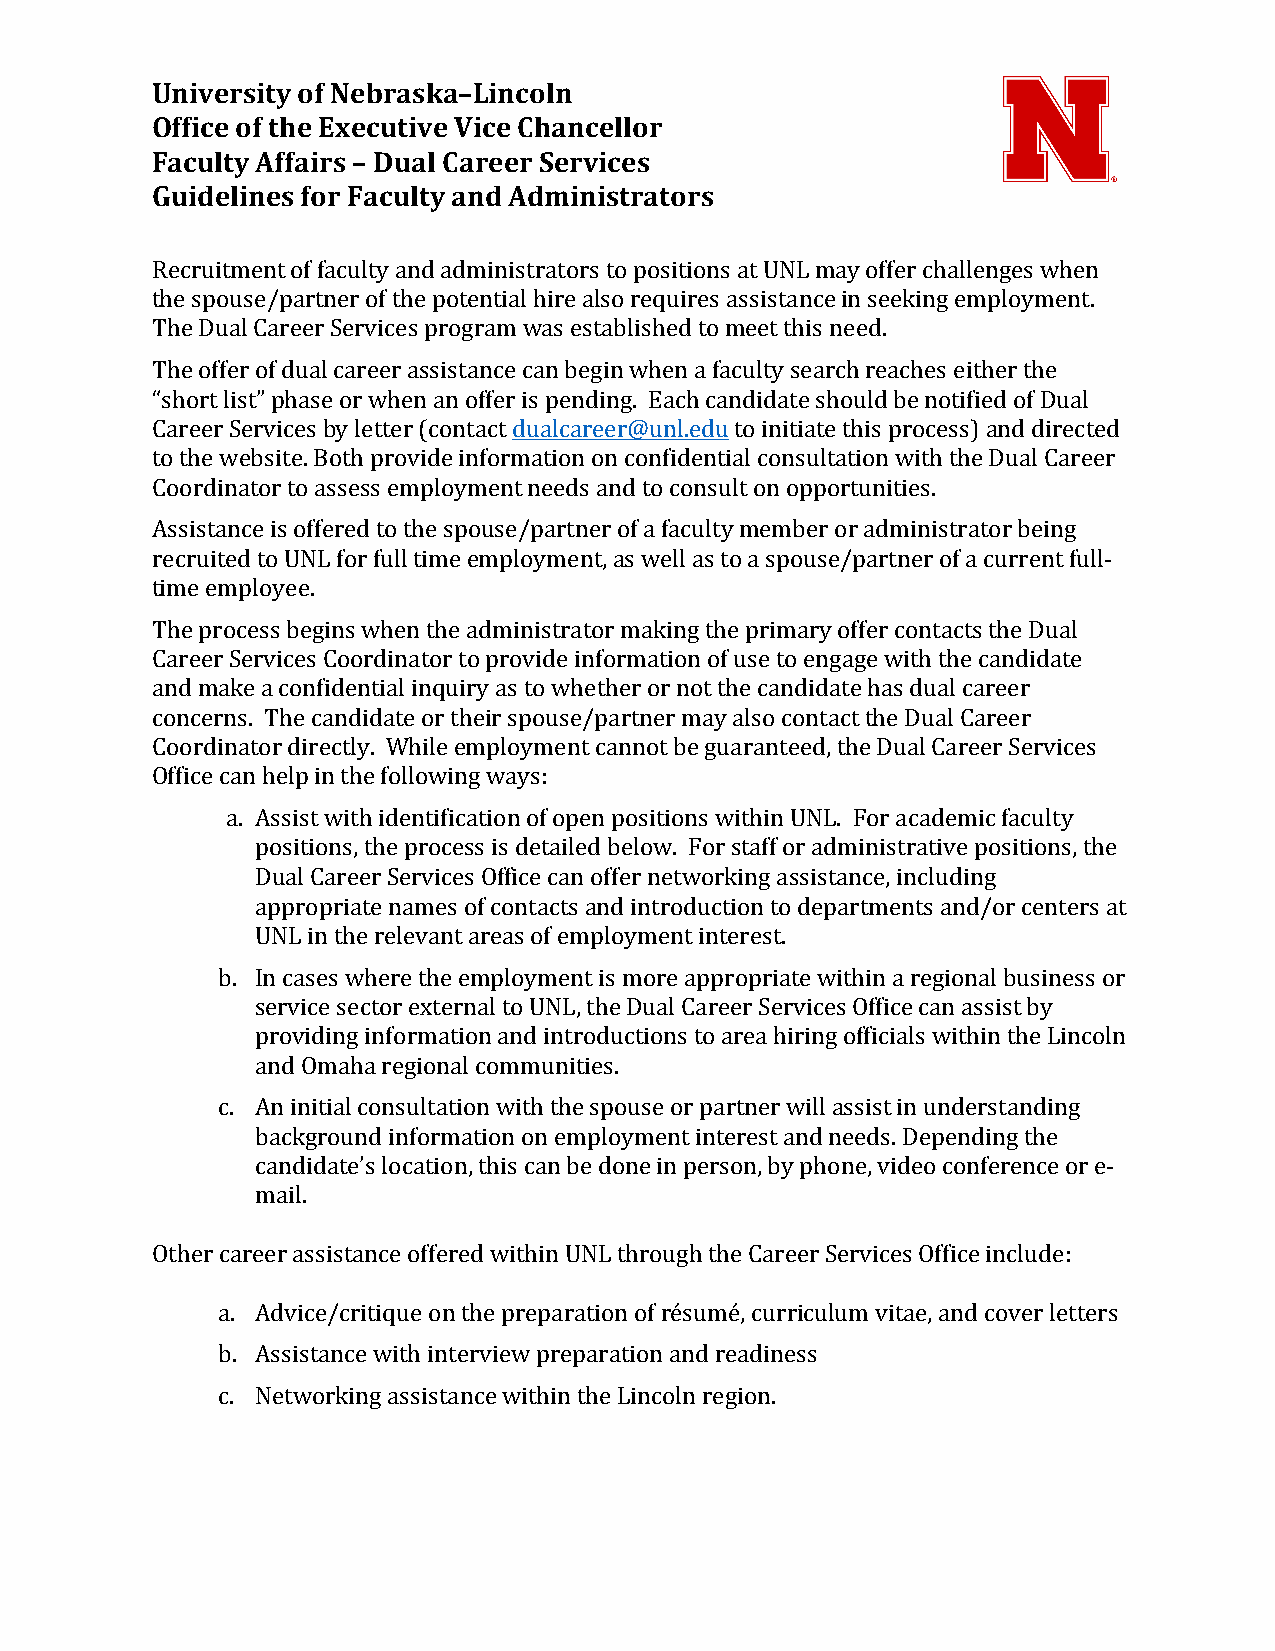
University of Nebraska–Lincoln
 Office of the Executive Vice Chancellor
 Faculty Affairs – Dual Career Services
 Guidelines for Faculty and Administrators
 Recruitment of faculty and administrators to positions at UNL may offer challenges when
 the spouse/partner of the potential hire also requires assistance in seeking employment.
 The Dual Career Services program was established to meet this need.
 The offer of dual career assistance can begin when a faculty search reaches either the
 “short list” phase or when an offer is pending. Each candidate should be notified of Dual
 Career Services by letter (contact dualcareer@unl.edu to initiate this process) and directed
 to the website. Both provide information on confidential consultation with the Dual Career
 Coordinator to assess employment needs and to consult on opportunities.
 Assistance is offered to the spouse/partner of a faculty member or administrator being
 recruited to UNL for full time employment, as well as to a spouse/partner of a current full-
 time employee.
 The process begins when the administrator making the primary offer contacts the Dual
 Career Services Coordinator to provide information of use to engage with the candidate
 and make a confidential inquiry as to whether or not the candidate has dual career
 concerns. The candidate or their spouse/partner may also contact the Dual Career
 Coordinator directly. While employment cannot be guaranteed, the Dual Career Services
 Office can help in the following ways:
 a. Assist with identification of open positions within UNL. For academic faculty
 positions, the process is detailed below. For staff or administrative positions, the
 Dual Career Services Office can offer networking assistance, including
 appropriate names of contacts and introduction to departments and/or centers at
 UNL in the relevant areas of employment interest.
 b. In cases where the employment is more appropriate within a regional business or
 service sector external to UNL, the Dual Career Services Office can assist by
 providing information and introductions to area hiring officials within the Lincoln
 and Omaha regional communities.
 c. An initial consultation with the spouse or partner will assist in understanding
 background information on employment interest and needs. Depending the
 candidate’s location, this can be done in person, by phone, video conference or e-
 mail.
 Other career assistance offered within UNL through the Career Services Office include:
 a. Advice/critique on the preparation of résumé, curriculum vitae, and cover letters
 b. Assistance with interview preparation and readiness
 c. Networking assistance within the Lincoln region.